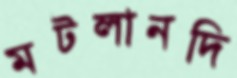
মটলানদি